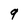
Character: 9